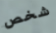
شخص